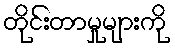
တိုင်းတာမှုများကို